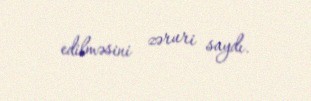
edilməsini zəruri saydı.